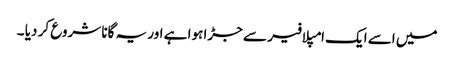
میں اسے ایک امپلافیر سے جڑا ہوا ہے اور یہ گانا شروع کر دیا ۔